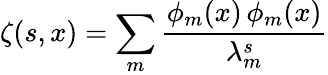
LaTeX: \zeta(s,x)=\sum_{m}\frac{\phi_{m}(x)\, \phi_{m}(x)}{\lambda_{m}^{s}}